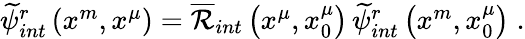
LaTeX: \begin{array}{r}{\widetilde{\psi}_{int}^{r}\left(x^{m},x^{\mu}\right)=\overline{{\mathcal{R}}}_{int}\left(x^{\mu},x_{0}^{\mu}\right)\, \widetilde{\psi}_{int}^{r}\left(x^{m},x_{0}^{\mu}\right)\; .}\end{array}